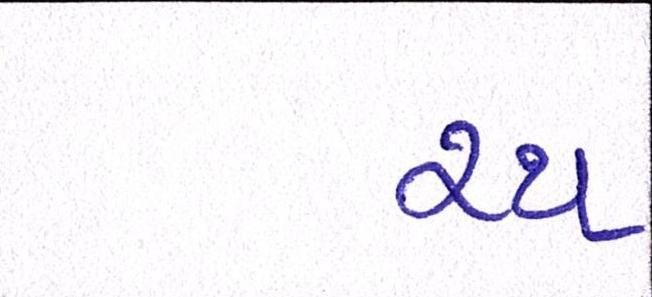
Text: રથ